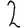
Digit: 2